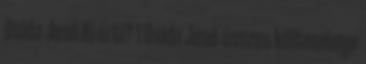
Dsida Jenő Ki érti? 1 Dsida Jenő összes költeménye